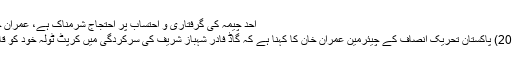
احد چیمہ کی گرفتاری و احتساب پر احتجاج شرمناک ہے، عمران خان | Abb Takk News
اسلام آباد: (23 فروری 2018) پاکستان تحریک انصاف کے چیئرمین عمران خان کا کہنا ہے کہ گاڈ فادر شہباز شریف کی سرکردگی میں کرپٹ ٹولہ خود کو قانون سے بالاتر سمجھتا ہے۔